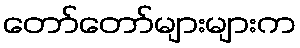
တော်တော်များများက